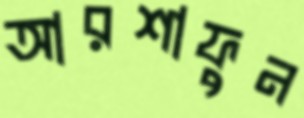
আরশাফুন